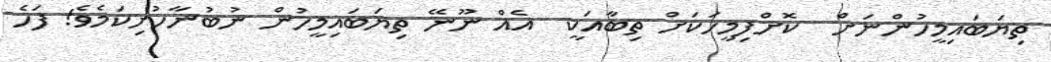
ތިޔަބައިމީހުންނަށް  ކޮށްފިމީހަކަށް ތިބާއަކީ  އެއް ނޫނޭ ތިޔަބައިމީހުން ނުބުނާހުށިކަމެވެ! ފަހެ